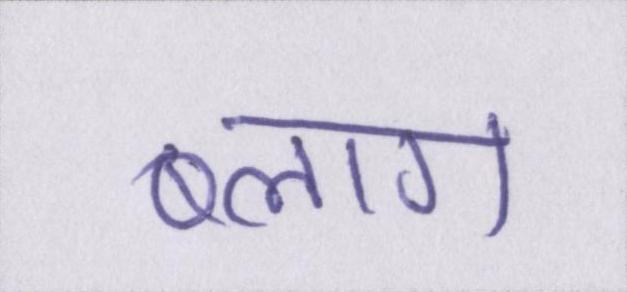
ब्लाग